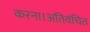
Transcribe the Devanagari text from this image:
करना।अतिवंचित